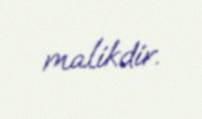
malikdir.